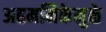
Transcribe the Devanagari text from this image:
अहममिकेमुळे